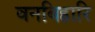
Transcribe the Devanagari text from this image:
वनबिहारि